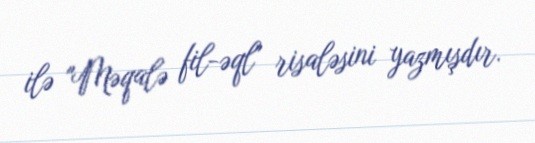
ilə "Məqalə fil-əql" risaləsini yazmışdır.